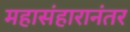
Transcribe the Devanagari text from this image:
महासंहारानंतर